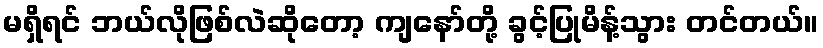
မရှိရင် ဘယ်လိုဖြစ်လဲဆိုတော့ ကျနော်တို့ ခွင့်ပြုမိန့်သွား တင်တယ်။